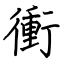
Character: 衝